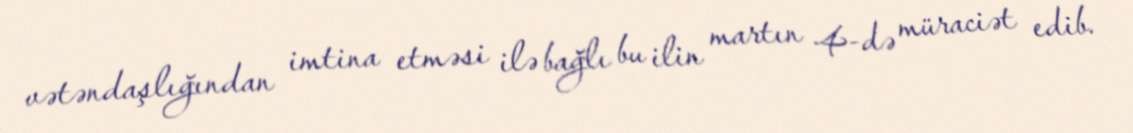
vətəndaşlığından imtina etməsi ilə bağlı bu ilin martın 4-də müraciət edib.